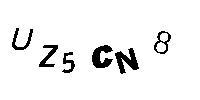
UZ5CN8